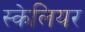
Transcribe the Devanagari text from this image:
स्केलियर